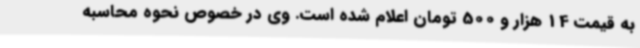
به قیمت 14 هزار و 500 تومان اعلام شده است. وی در خصوص نحوه محاسبه